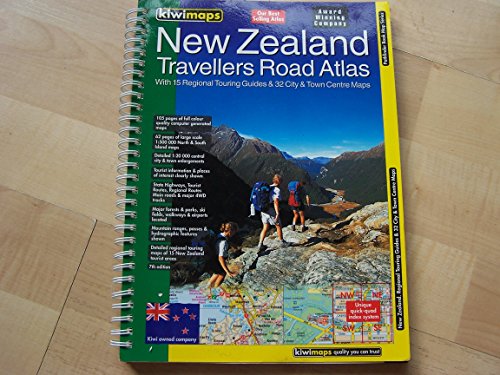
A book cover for New Zealand Travellers Road Atlas; Kiwi Maps; Travel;